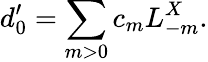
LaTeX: d_{0}^{\prime}=\sum_{m>0}c_{m}L_{-m}^{X}.